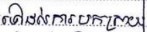
ទៅដល់ការបកស្រាយ